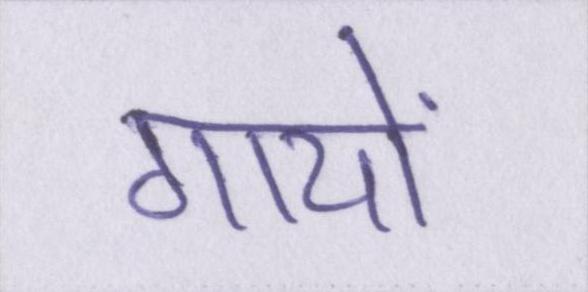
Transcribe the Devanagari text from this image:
गायों